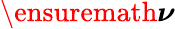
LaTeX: \ensuremath{\boldsymbol\nu}